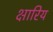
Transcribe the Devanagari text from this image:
क्षारिय